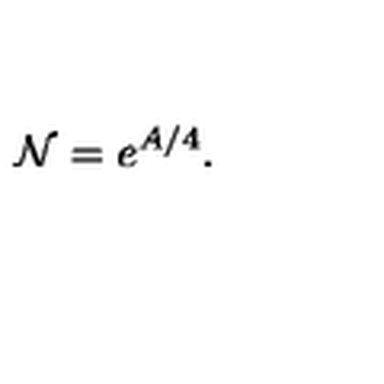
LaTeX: { \cal N } = e ^ { A / 4 } .